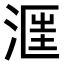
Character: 𣶕